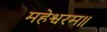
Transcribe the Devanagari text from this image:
महेश्वरम॥